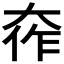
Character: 𫯧